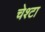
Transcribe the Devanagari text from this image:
चेश्टा